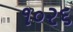
૧૦૨૬